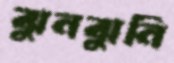
ঝুনঝুনি